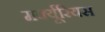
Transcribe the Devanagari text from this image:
मर्क्यूरियस